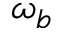
\omega _ { b }